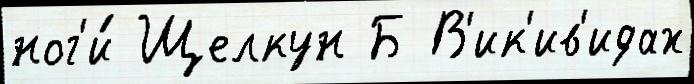
ног'и́ Щелкун Б В'ик'ив'идах